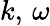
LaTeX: k,\, \omega